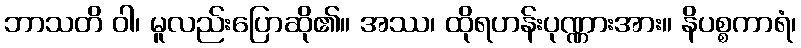
ဘာသတိ ဝါ၊ မူလည်းပြောဆို၏။ အဿ၊ ထိုရဟန်းပုဏ္ဏားအား။ နိပစ္စကာရံ၊